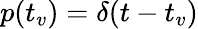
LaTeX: p(t_{v})=\delta(t-t_{v})